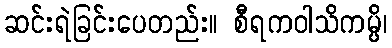
ဆင်းရဲခြင်းပေတည်း။ စီရကဝါသိကမ္ပိ၊